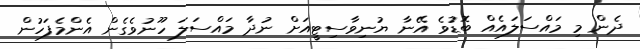
ދެން މި މައްސަލައެއް ބޮޑުވެ އޭނާ ޔުނިވާސިޓީއަށް ނުދާ މައްސަލަ ހޫނުވެގެން އެންމެފަހުން